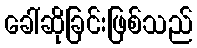
ခေါ်ဆိုခြင်းဖြစ်သည်